Leaving Certificate Examination, 1902
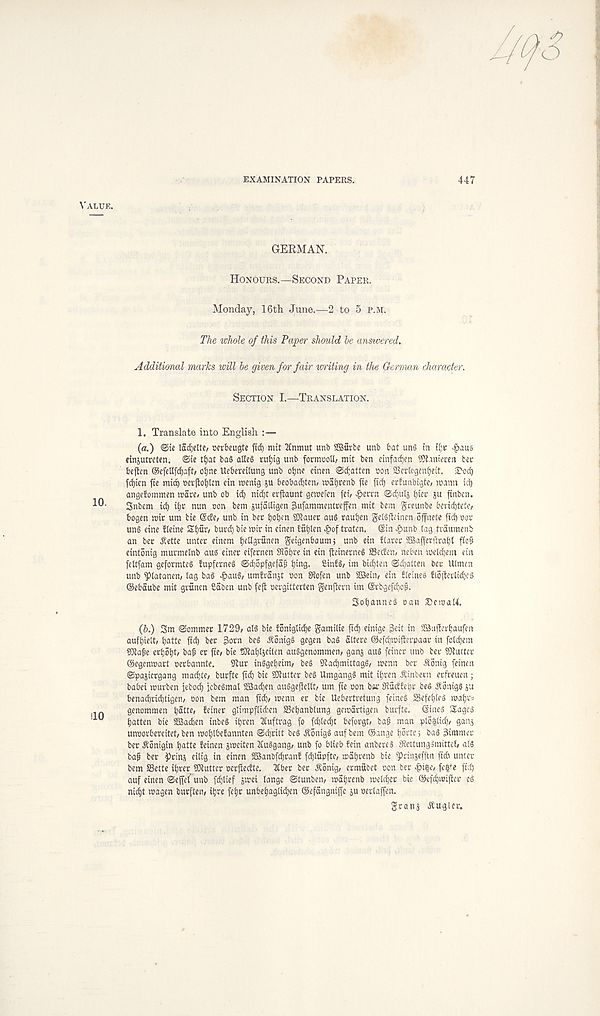
EXAMINATION PAPERS.
447
Value.
GERMAN.
Honours.—Second Paper.
Monday, 16th June.—2 to 5 p.m.
The whole of this Paper should be answered.
Additional marks will be given for fair witing in the German character.
Section I.—Translation.
1. Translate into English :—
(a.) <Sie ladjelto mbeugte fid) mit TCnmut unb SBurbe unb bat un§ in i(;c .§aus
einsutrctcn. <Sie tijat ba§ alle§ rut)ig unb formuoll, mit ben einfad)en iBtanieren tec
bejtcn @efetlfd)aft/ oijne Ueberetlung unb oijne einen ©fatten oon SSertcgenfjeit. SMci)
fdf)icn fie mic? oefjtoijlen cin mentg ju beobadjten; mai)renb fie fid) erfunbigte/ maim id)
angefommen wave, unb ob id) nid)t evftaunt geroefen fei/ ^erm ©djulj f)'' P finben.
Snbem id) iijr nun non bem jufailigen ^ufammentrefen mit bem greunbe bend)tete,
bogen mir urn tie ©de/ unb in ber fioben SKauer au§ rauijen geiSfleinen offitete ficb doc
un§ eine fteine Stjuu burd) bie wir in einen fut)len ^>of traten. ©in fount tag trdumenb
an ber .Kette untec einem ijeltgvunen geigenbaumj unb ein ?taree fffiajferilrabl fic^
eintonig murmetnb aus einec eifecnen SRofjre in ein fteinecneg SBeden/ neben meldjem ein
feltfam geformteS fupferneS ©djopfgefdp ijii’S- 8in!§/ im bid)tcn ©djatten bee Utmen
unb ptatanem lag ba§ eg>au§/ umfranjt Don Stolen unb SSein, ein bteines fl6jtoclid)c$
©ebaube mit granen Sabcn unb feft oergitterten genjlern im ©rbgefdjof.
3ot)anne§ oan SemaM.
(6.) Sm ©ommec 1729/ al§ bie foniglidje gamilie fid) einige 3eit in SSSufferfyaufen
aufbielt/ batte fid) bee 3oen beg ^onigg gegen bag attere ©efd)mifteepaae in foldjera
SJtafe ect)6t)t/ baf er fie/ bie SRabtjeiten auggenommen/ ganj aug feince unb bee SSuctce
©egenmaet Deebannte. Slue inggebeim/ beg 9lad)mittagg/ menu bee 5t6nig feinen
©pajieegang madjte/ burfte fid) bic SKuttee beg Umgangg mit ibren Ainbetn eefreuen ;
babei murben iebod) jebegmat SBSadjen auggefteltt/ urn fie Don b«e Studfebe beg ^onigg ju
benacbcicbtigen. / Don bem man fid)/ menu ee bic Uebertretung feineg SSefebteg raabc'
genommen b^tte, feinec glimpflidten SSebanblung gemaetigen burfte. ©ineg Sageg
batten bie SBadien inbeg ibren Ttuftrag fo fd)ted)t beforgt/ bag man pto| tid)/ gang
unDorbereitet/ben moblbefannten ©d)' eitt beg Aonigg aufbem ©ange borte) bag 3immer
bee ^onigin batte feinen jireiten ICuggang/ unb fo btieb fein anbereg Stoitunggmittel/ a(g
bag bee ^eins eilig in einen SBantfdjranf fd)lupfte/ mdbrenb bie ^Dcinjefftn fidi unter
bem SSette ibeecJCRuttee Dcejledte. Ttbee bee ^onig, ermubet Don ber £i$e, fe^e ficb
auf einen ©effef unb feblief jieei lange ©tunben/ mdbrenb irctdjee bie ©efdjmijter eg
nidjt wagen bueften/ ibre febc unbebagtidjen ©efdngniffc ju Dertajfen.
grans ■ ftugUr.